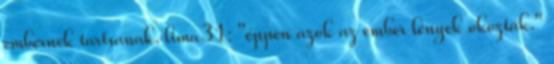
embernek tartsanak. lima31: "éppen azok az ember lények okozták."